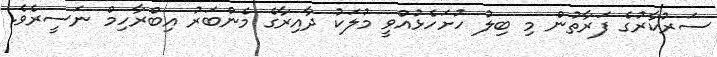
ސަރުކާރުގެ ފަރާތުން މި ބިލު ހުށަހެޅުއްވީ މުލަކު ދާއިރާގެ މެންބަރު އިބްރާހިމް ނަސީރެވެ.